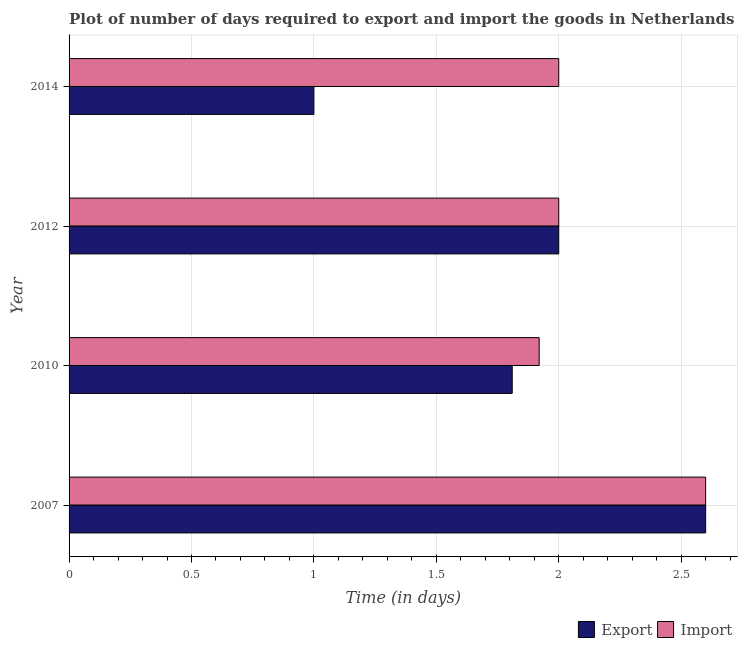
| Year | Export | Import |
 | --- | --- | --- |
 | 2007 | 2.6 | 2.6 |
 | 2010 | 1.81 | 1.92 |
 | 2012 | 2 | 2 |
 | 2014 | 1 | 2 |